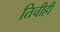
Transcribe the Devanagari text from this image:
तिचीही